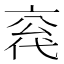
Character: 𪜣